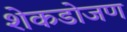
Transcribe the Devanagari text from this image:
शेकडोजण